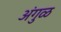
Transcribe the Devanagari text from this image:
अंगुळ